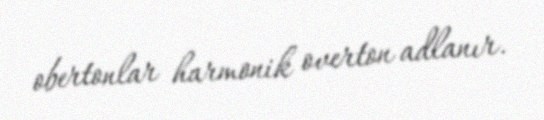
obertonlar harmonik overton adlanır.